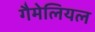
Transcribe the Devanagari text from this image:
गैमेलियल